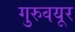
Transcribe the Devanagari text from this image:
गुरुवयूर